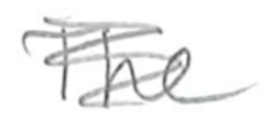
Text: The
Cross-out: scratch
Writing tool: pencil